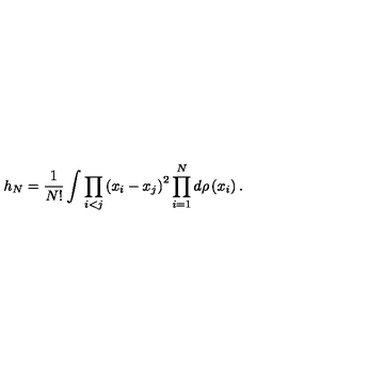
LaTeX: h _ { N } = \frac { 1 } { N ! } \int \prod _ { i < j } \left( x _ { i } - x _ { j } \right) ^ { 2 } \prod _ { i = 1 } ^ { N } d \rho \left( x _ { i } \right) .